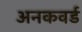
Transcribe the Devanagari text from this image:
अनकवर्ड